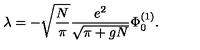
\lambda = - \sqrt { \frac { N } { \pi } } \frac { e ^ { 2 } } { \sqrt { \pi + g N } } \Phi _ { 0 } ^ { ( 1 ) } .